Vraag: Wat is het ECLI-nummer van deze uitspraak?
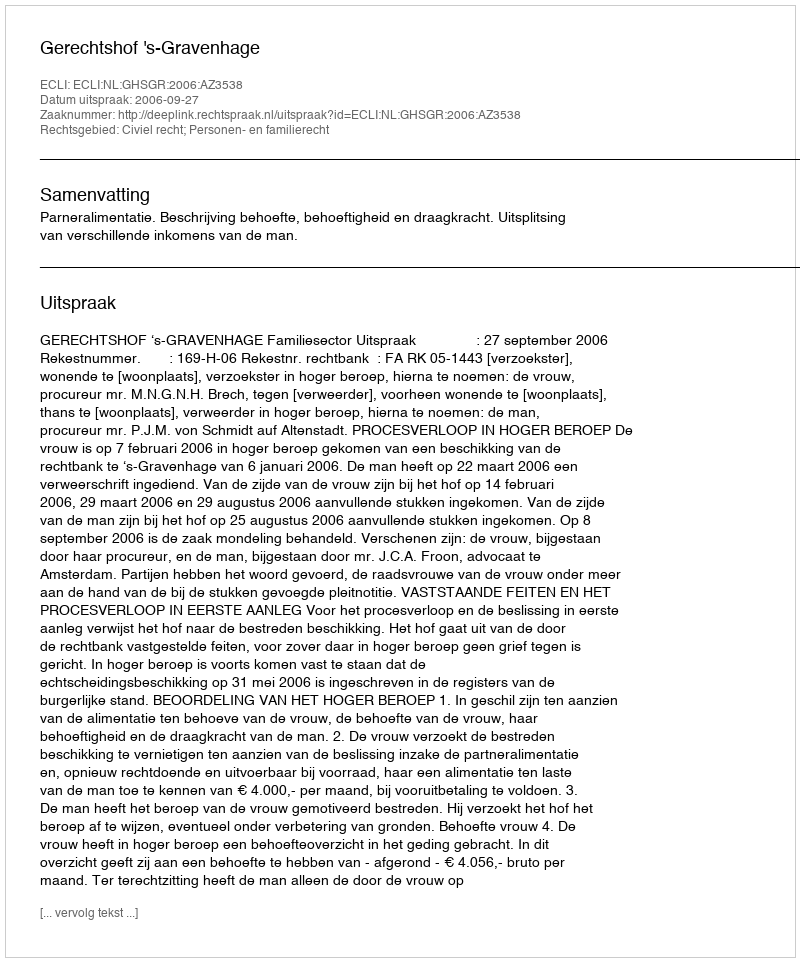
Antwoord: ECLI:NL:GHSGR:2006:AZ3538